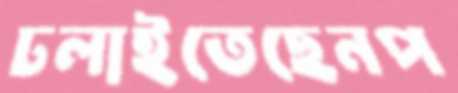
ঢলাইতেছেনপ